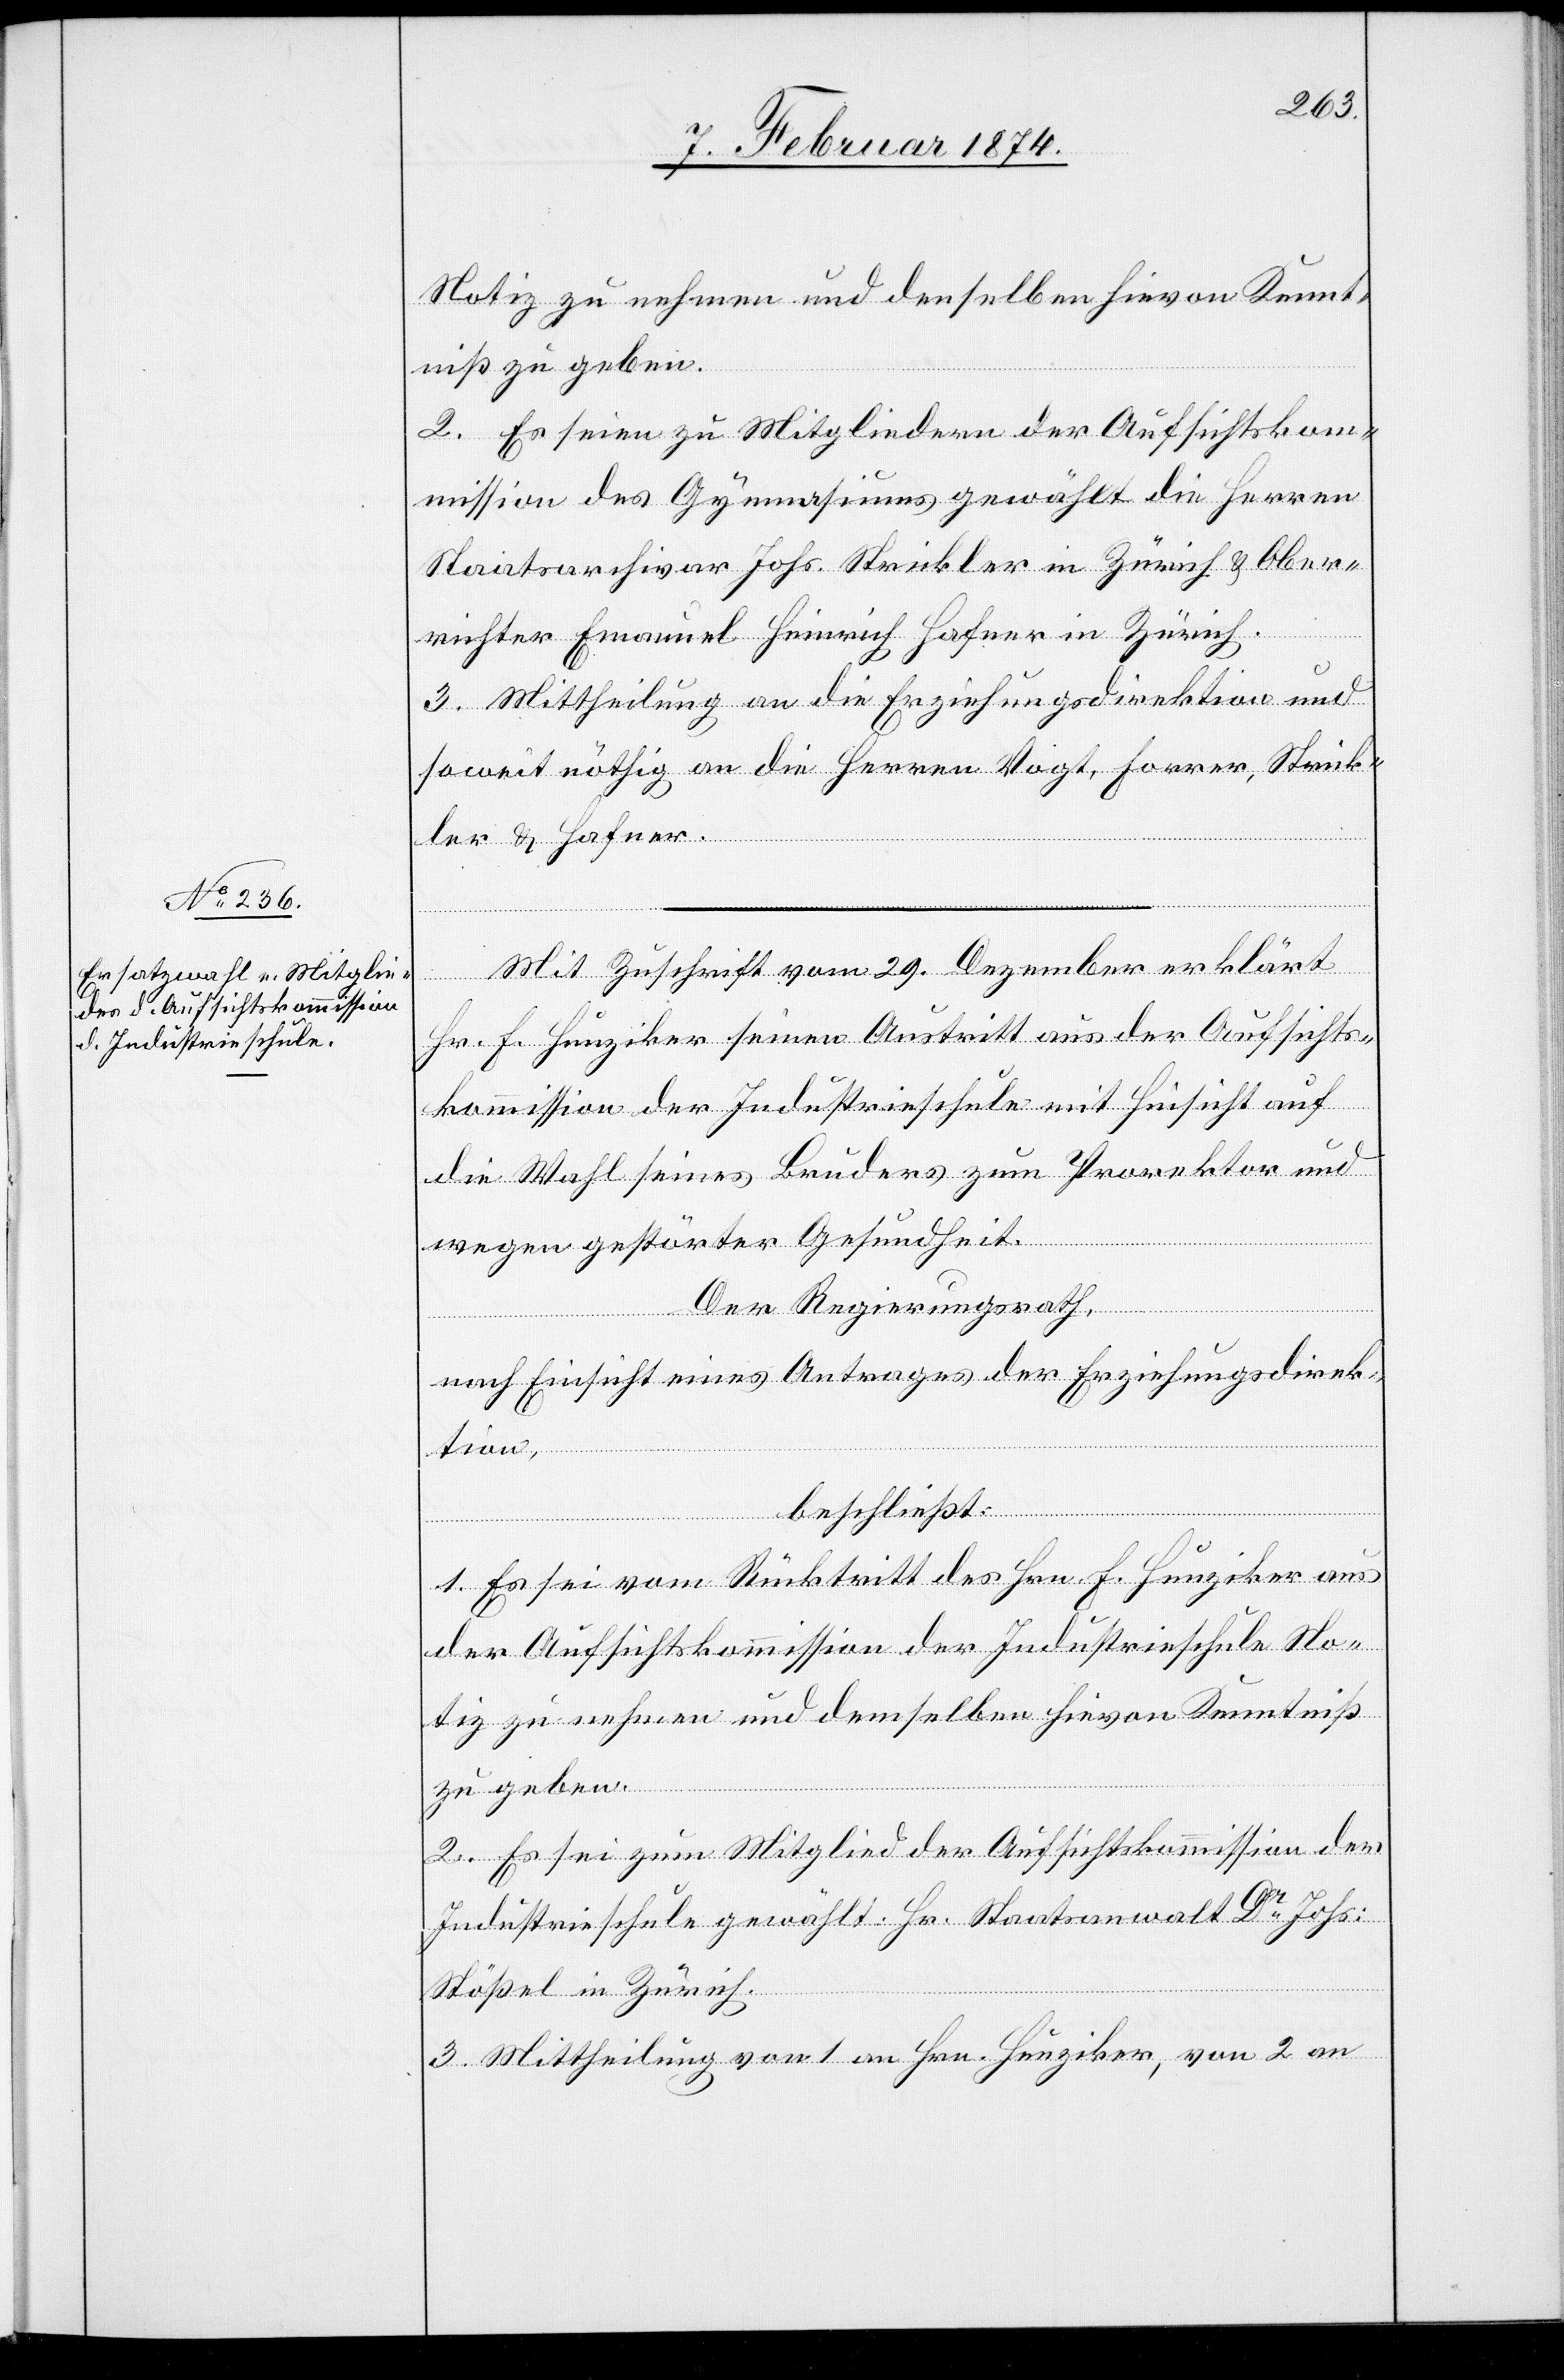
Notiz zu nehmen und denselben hievon Kennt¬
niß zu geben.
2. Es seien zu Mitgliedern der Aufsichtsko¬
mmission des Gymnasiums gewählt die Herren
Staatsarchivar Johs. Strickler in Zürich u. Ober¬
richter Emanuel Heinrich Hafner in Zürich.
3. Mittheilung an die Erziehungsdirektion und
soweit nöthig an die Herren Vogt, Forrer, Strick¬
ler u. Hafner.
Mit Zuschrift vom 29. Dezember erklärt
Hr. F. Hunziker seinen Austritt aus der Aufsichts¬
kommission der Industrieschule mit Hinsicht auf
die Wahl seines Bruders zum Prorektor und
wegen gestörter Gesundheit.
Der Regierungsrath,
nach Einsicht eines Antrages der Erziehungsdirek¬
tion,
beschließt:
1. Es sei vom Rücktritt des Hrn. F. Hunziker aus
der Aufsichtskommission der Industrieschule No¬
tiz zu nehmen und demselben hievon Kenntniß
zu geben.
2. Es sei zum Mitglied der Aufsichtskommission der
Industrieschule gewählt Hr. Staatsanwalt Dr Johs.
Stößel in Zürich.
3. Mittheilung von 1 an Hrn. Hunziker, von 2 an